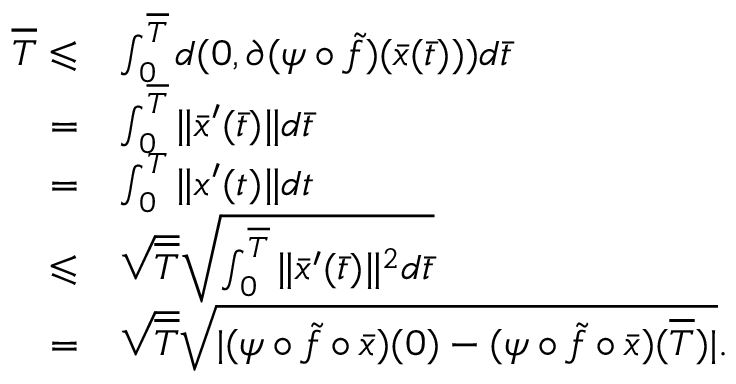
\begin{array} { r l } { \overline { { T } } \leqslant } & { \int _ { 0 } ^ { \overline { { T } } } d ( 0 , \partial ( \psi \circ \tilde { f } ) ( \bar { x } ( \bar { t } ) ) ) d \bar { t } } \\ { = } & { \int _ { 0 } ^ { \overline { { T } } } \| \bar { x } ^ { \prime } ( \bar { t } ) \| d \bar { t } } \\ { = } & { \int _ { 0 } ^ { T } \| x ^ { \prime } ( t ) \| d t } \\ { \leqslant } & { \sqrt { \overline { { T } } } \sqrt { \int _ { 0 } ^ { \overline { { T } } } \| \bar { x } ^ { \prime } ( \bar { t } ) \| ^ { 2 } d \bar { t } } } \\ { = } & { \sqrt { \overline { { T } } } \sqrt { | ( \psi \circ \tilde { f } \circ \bar { x } ) ( 0 ) - ( \psi \circ \tilde { f } \circ \bar { x } ) ( \overline { { T } } ) | } . } \end{array}